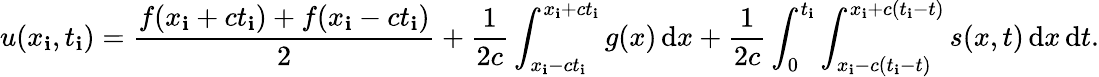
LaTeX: u(x_{\mathbf{i}},t_{\mathbf{i}})={\frac{{f(x_{\mathbf{i}}+ct_{\mathbf{i}})+f(x_{\mathbf{i}}-ct_{\mathbf{i}})}}{{2}}}+{\frac{{1}}{{2c}}}\int_{x_{\mathbf{i}}-ct_{\mathbf{i}}}^{x_{\mathbf{i}}+ct_{\mathbf{i}}}g(x)\, \mathrm{{d}}x+{\frac{{1}}{{2c}}}\int_{0}^{t_{\mathbf{i}}}\int_{x_{\mathbf{i}}-c\left(t_{\mathbf{i}}-t\right)}^{x_{\mathbf{i}}+c\left(t_{\mathbf{i}}-t\right)}s(x,t)\, \mathrm{{d}}x\, \mathrm{{d}}t.